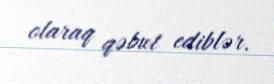
olaraq qəbul ediblər.